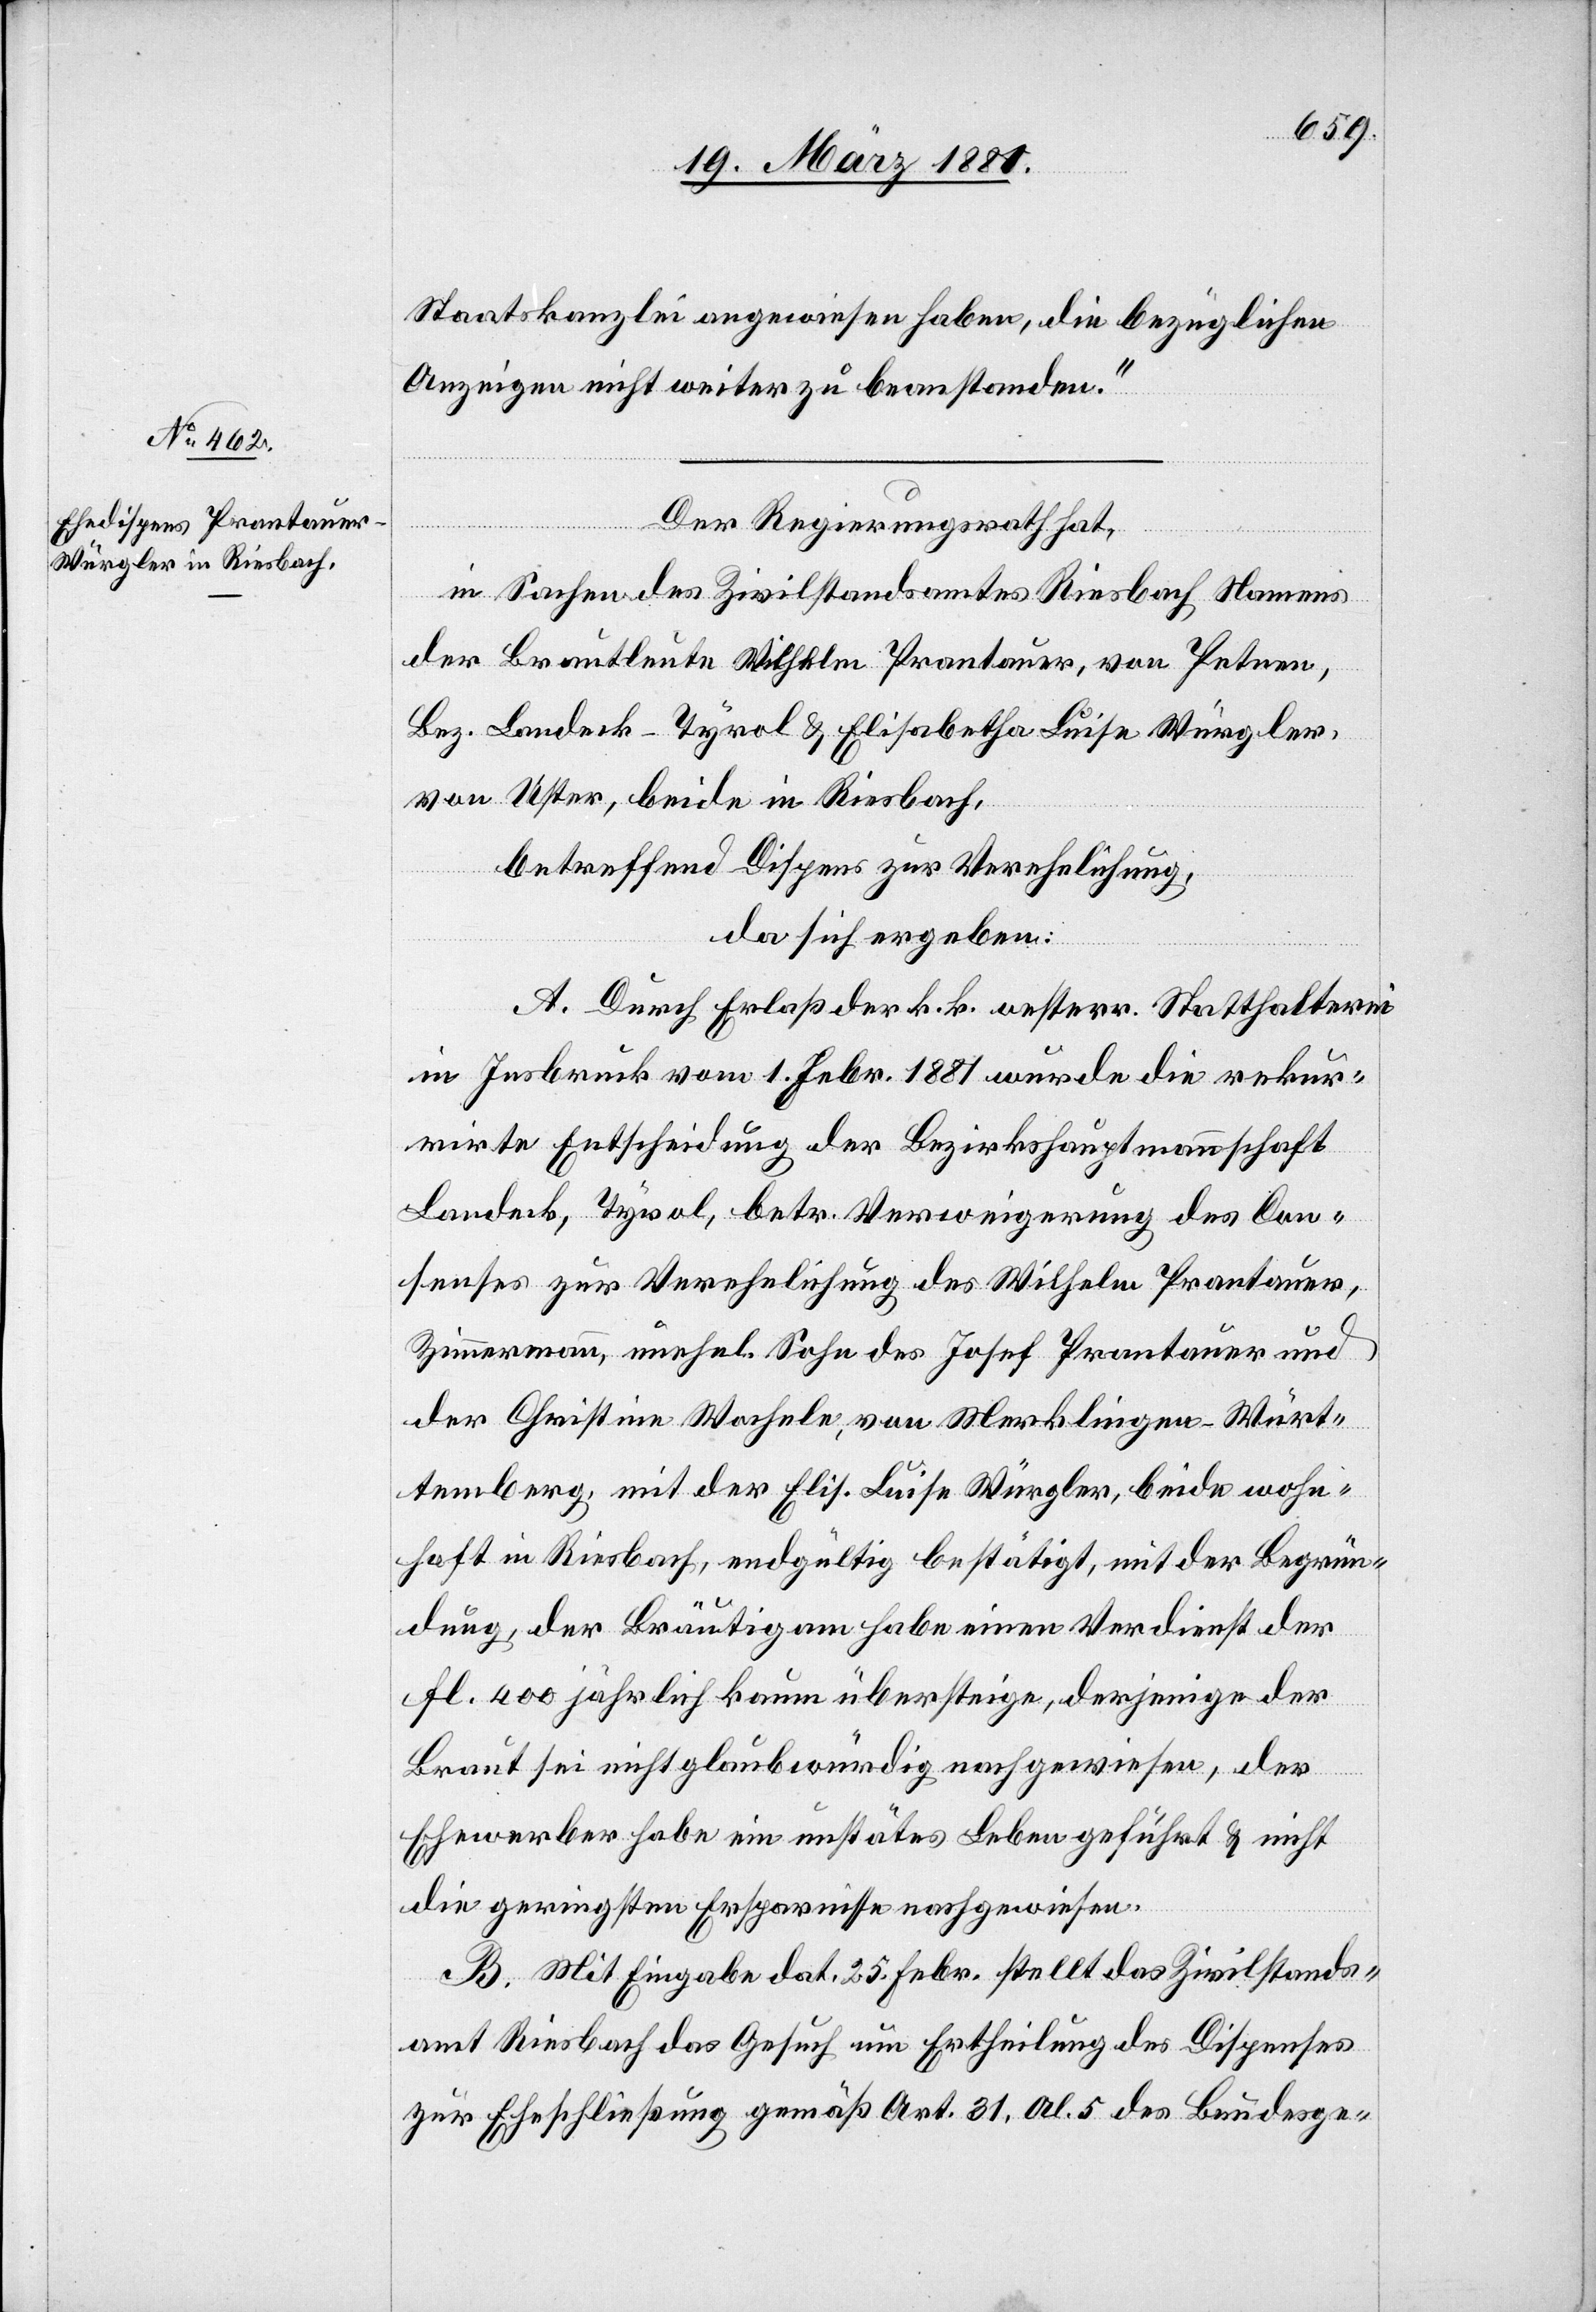
Staatskanzlei angewiesen haben, die bezüglichen
Anzeigen nicht weiter zu beanstanden.“
Der Regierungsrath hat,
in Sachen des Zivilstandsamtes Riesbach Namens
der Brautleute Wilhelm Prantauer, von Petnen,
Bez. Landeck-Tyrol & Elisabetha Luise Würgler
von Uster, beide in Riesbach,
betreffend Dispens zur Verehelichung,
da sich ergeben:
A. Durch Erlaß der k. k. oesterr. Statthalterei
in Insbruck vom 1. Febr. 1881 wurde die rekur¬
rirte Entscheidung der Bezirkshauptmannschaft
Landeck, Tyrol, betr. Verweigerung des Con¬
senses zur Verehelichung des Wilhelm Prantauer,
Zimmermann, unehel. Sohn des Josef Prantauer und
der Christine Wachele, von Merklingen - Würt¬
temberg, mit der Elis. Luise Würgler, beide wohn¬
haft in Riesbach, endgültig bestätigt, mit der Begrün¬
dung, der Bräutigam habe einen Verdienst der
Fl. 400 jährlich kaum übersteige, derjenige der
Braut sei nicht glaubwürdig nachgewiesen, der
Ehewerber habe ein unstätes Leben geführt & nicht
die geringsten Ersparnisse nachgewiesen.
B. Mit Eingabe dat. 25. Febr. stellt das Zivilstandes¬
amt Riesbach das Gesuch um Ertheilung des Dispenses
zur Eheschließung gemäß Art. 31, Al. 5 des Bundesge-